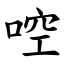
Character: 啌